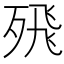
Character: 𭮖